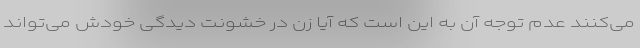
می‌کنند عدم توجه آن به این است که آیا زن در خشونت دیدگی خودش می‌تواند